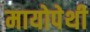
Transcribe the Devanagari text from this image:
मायोपेथी